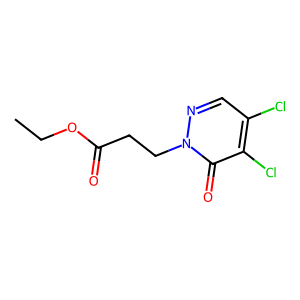
SMILES: CCOC(=O)CCn1ncc(Cl)c(Cl)c1=O
Inhibits HIV replication: No